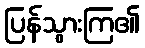
ပြန်သွားကြ၏